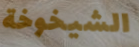
الشيخوخة